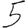
Digit: 5